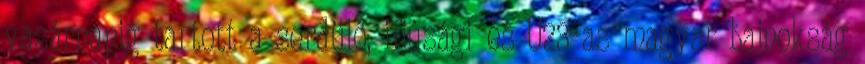
vasárnapig tartott a serdülő, ifjúsági és U23-as magyar bajnokság